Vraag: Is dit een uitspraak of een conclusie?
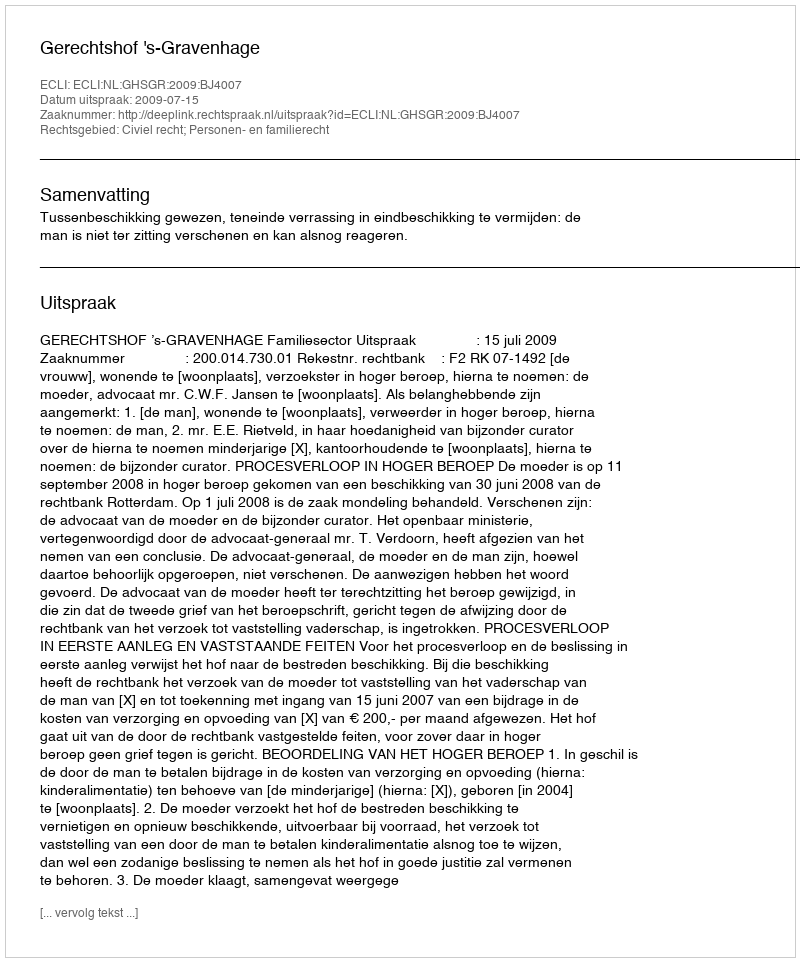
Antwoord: Uitspraak